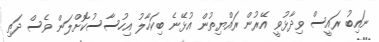
ނައިބު ރައީސް ވިދާޅުވީ އޭރުން ރައްޔިތުން އުޅޭނެ ބިކަހާލު އިހުސާސުކޮށްލަން ވެސް ދަތި